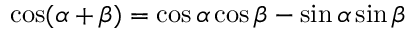
\cos ( \alpha + \beta ) = \cos \alpha \cos \beta - \sin \alpha \sin \beta